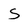
Character: S